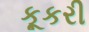
કૂકરી